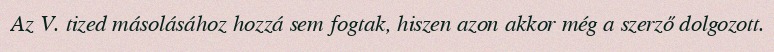
Az V. tized másolásához hozzá sem fogtak, hiszen azon akkor még a szerző dolgozott.